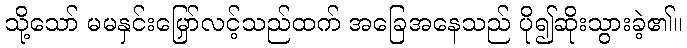
သို့သော် မမနှင်းမြှော်လင့်သည်ထက် အခြေအနေသည် ပို၍ဆိုးသွားခဲ့၏။